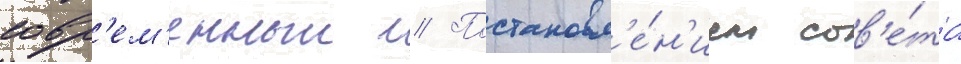
совр'ем'енныи // Постановл'е́н'ием сов'е́та